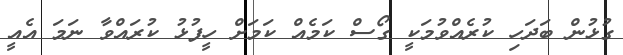
ގުޅުން ބަދަހި ކުރެއްވުމަކީ ގޯސް ކަމެއް ކަމަށް ހީފުޅު ކުރައްވާ ނަމަ އެއީ